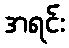
အရင်း